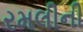
રમલીની